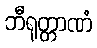
ဘီရုတ္တာဏံ